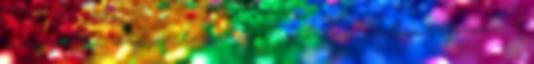
szárnyalt a magyar turizmus Nyaralás Balin, 7 éjszaka, 3